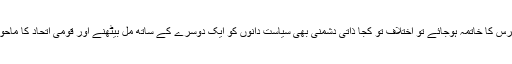
سیاست میں غیر سیاسی عناصر کی دسترس کا خاتمہ ہوجائے تو اختلاف تو کجا ذاتی دشمنی بھی سیاست دانوں کو ایک دوسرے کے ساتھ مل بیٹھنے اور قومی اتحاد کا ماحول پیدا کرنے سے نہیں روک سکے گی۔